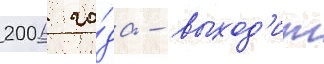
2006 го́да - выход'ит